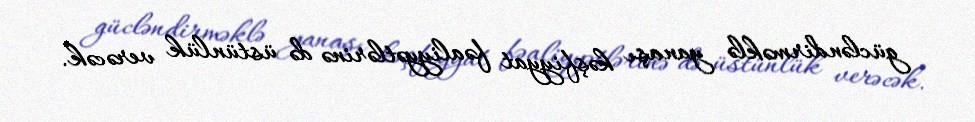
gücləndirməklə yanaşı kəşfiyyat fəaliyyətlərinə də üstünlük verəcək.